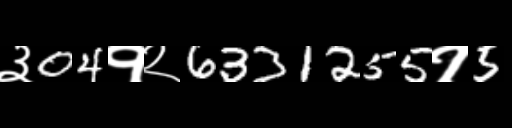
Text: ३04१२6331255१5